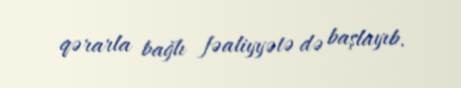
qərarla bağlı fəaliyyətə də başlayıb.